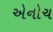
એનોચ